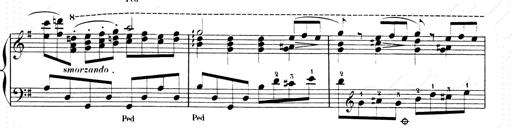
Title: Les SabÃ©ennes
Composer: Franz Liszt